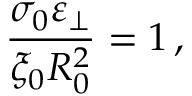
\frac { \sigma _ { 0 } \varepsilon _ { \perp } } { \xi _ { 0 } R _ { 0 } ^ { 2 } } = 1 \, ,